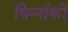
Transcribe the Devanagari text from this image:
भिन्नांकों